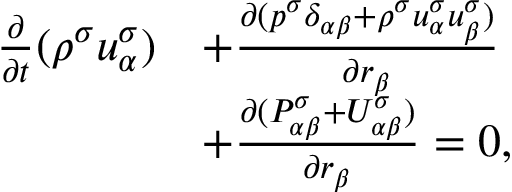
\begin{array} { r } { \begin{array} { r l } { \frac { \partial } { \partial t } ( \rho ^ { \sigma } u _ { \alpha } ^ { \sigma } ) } & { + \frac { \partial ( p ^ { \sigma } \delta _ { \alpha \beta } + \rho ^ { \sigma } u _ { \alpha } ^ { \sigma } u _ { \beta } ^ { \sigma } ) } { \partial r _ { \beta } } } \\ & { + \frac { \partial ( P _ { \alpha \beta } ^ { \sigma } + U _ { \alpha \beta } ^ { \sigma } ) } { \partial r _ { \beta } } = 0 , } \end{array} } \end{array}